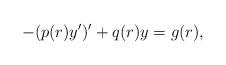
LaTeX: \begin{align*} -(p(r)y')'+q(r)y=g(r),\end{align*}